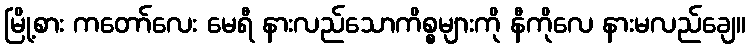
မြို့စား ကတော်လေး မေရီ နားလည်သောကိစ္စများကို နီကိုလေ နားမလည်ချေ။